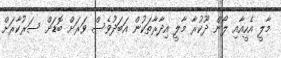
މާލީ އެހީއާއި ލޯން ދޫކުރާ މާލީ އިދާރާތަކުން އަބަދުވެސް ވަރަށް ބޮޑަށް ސަރުކާރަށް